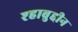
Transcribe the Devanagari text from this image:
श्हाबुद्दीन